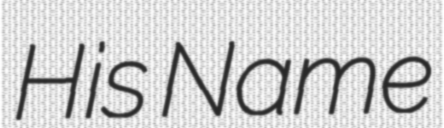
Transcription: His Name